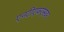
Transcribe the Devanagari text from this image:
एनटीएफएसवर